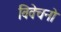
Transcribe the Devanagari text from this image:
विवेचनो